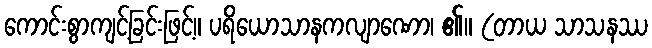
ကောင်းစွာကျင့်ခြင်းဖြင့်။ ပရိယောသာနကလျာဏော၊ ၏။ (တာယ သာသနဿ